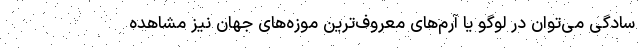
سادگی می‌توان در لوگو یا آرم‌های معروف‌ترین موزه‌های جهان نیز مشاهده